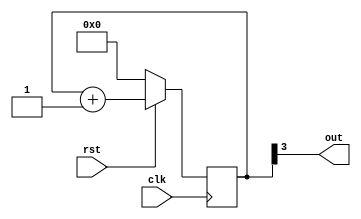
module div16(clk, rst, out);

input clk, rst;
output out;

reg [3:0] count = 'b0;

always@(posedge clk)
begin
	if (rst == 'b0)
		count <= 'b0;
	else
		count <= count + 1;
end

assign out = count[3];


endmodule